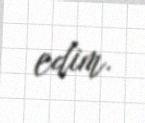
edim.